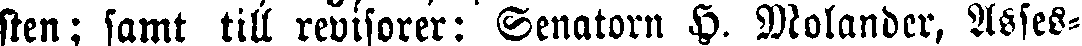
sten; samt till revisorer: Senatorn H. Molander, Asses-